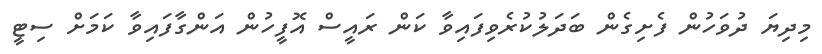
މިދިޔަ ދުވަހުން ފެށިގެން ބަދަލުކުރެވިފައިވާ ކަން ރައީސް އޮފީހުން އަންގާފައިވާ ކަމަށް ސިޓީ